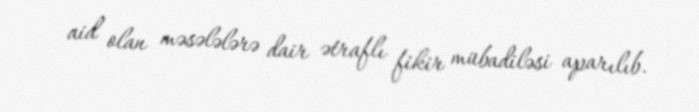
aid olan məsələlərə dair ətraflı fikir mübadiləsi aparılıb.